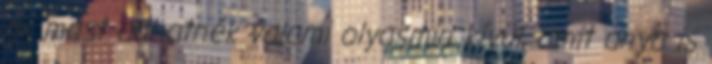
mi mást adhatnék valami olyasmin kívül, amit anya is